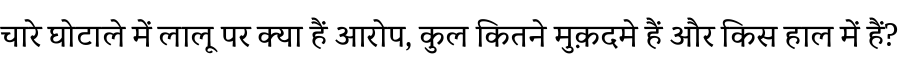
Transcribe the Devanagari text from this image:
चारे घोटाले में लालू पर क्या हैं आरोप, कुल कितने मुक़दमे हैं और किस हाल में हैं?